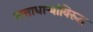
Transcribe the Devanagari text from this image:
सत्ताधाऱ्यांविरुद्ध